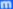
m